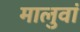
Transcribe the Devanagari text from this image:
मालुवां